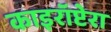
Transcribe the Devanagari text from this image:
काइरॉप्टेरा